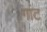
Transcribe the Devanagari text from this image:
गांट